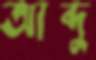
আব্দু